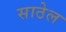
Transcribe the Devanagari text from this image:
साठेल